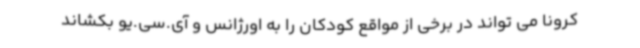
کرونا می تواند در برخی از مواقع کودکان را به اورژانس و آی.سی.یو بکشاند